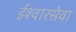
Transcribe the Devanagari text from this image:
ईश्वारसेवा